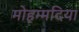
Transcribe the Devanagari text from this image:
मोहम्मदिया